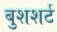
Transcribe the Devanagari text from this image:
बुशशर्ट